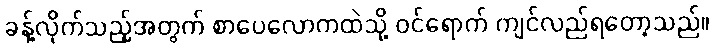
ခန့်လိုက်သည့်အတွက် စာပေလောကထဲသို့ ဝင်ရောက် ကျင်လည်ရတော့သည်။